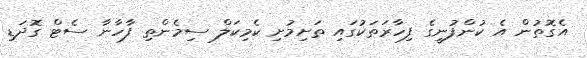
އެގޮތުން އެ ކުންފުނީގެ ފިހާރަތަކުގައި ތަށިމުށި ކެމިކަލް ސިމެންތި ފާހާނާ ސެޓް ގޮދަޑި